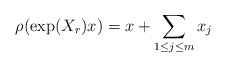
\begin{align*} \rho(\exp(X_{r})x)=x+\sum_{1\leq j\leq m} x_j\end{align*}